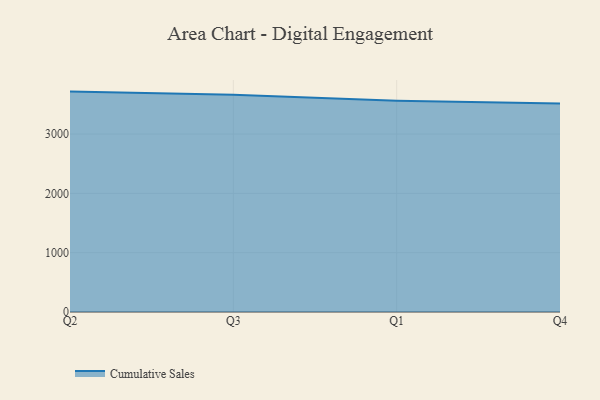
{"axis": {"x": "Quarter", "y": "Tickets Resolved"}, "legend": ["Cumulative Sales"], "data": [{"x": "Q2", "y": 3715.8, "type": "Cumulative Sales"}, {"x": "Q3", "y": 3664.0, "type": "Cumulative Sales"}, {"x": "Q1", "y": 3561.3, "type": "Cumulative Sales"}, {"x": "Q4", "y": 3516.0, "type": "Cumulative Sales"}]}